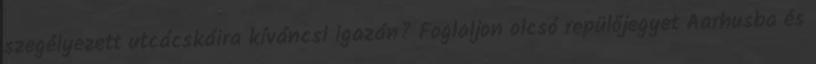
szegélyezett utcácskáira kíváncsi igazán? Foglaljon olcsó repülőjegyet Aarhusba és